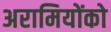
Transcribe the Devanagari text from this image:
अरामियोंको